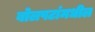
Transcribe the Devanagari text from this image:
बोलपटांमधील